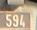
594